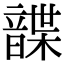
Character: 𩐱